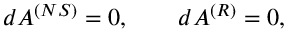
d { \cal A } ^ { ( N S ) } = 0 , \qquad d { \cal A } ^ { ( R ) } = 0 ,